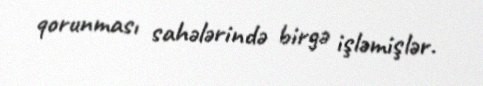
qorunması sahələrində birgə işləmişlər.